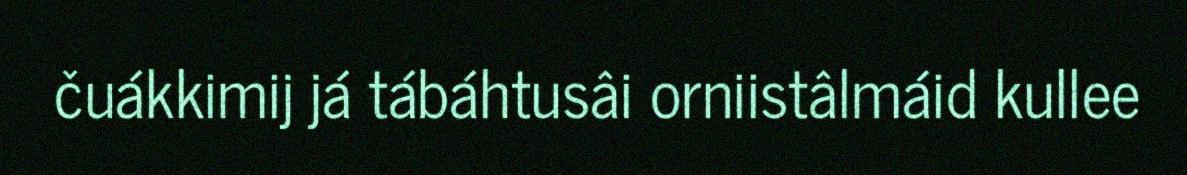
čuákkimij já tábáhtusâi orniistâlmáid kullee